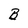
Character: B